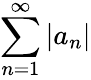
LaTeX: \sum_{n=1}^{\infty}\left\vert a_{n}\right\vert